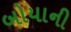
બોયાની